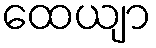
ထေယျာ